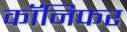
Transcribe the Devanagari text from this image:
कॉनिफर